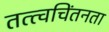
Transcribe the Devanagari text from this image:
तत्त्वचिंतनता